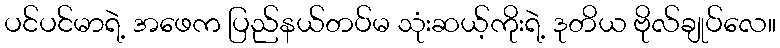
ပင်ပင်မာရဲ့ အဖေက ပြည်နယ်တပ်မ သုံးဆယ့်ကိုးရဲ့ ဒုတိယ ဗိုလ်ချုပ်လေ။